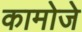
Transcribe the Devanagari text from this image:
कामोजे